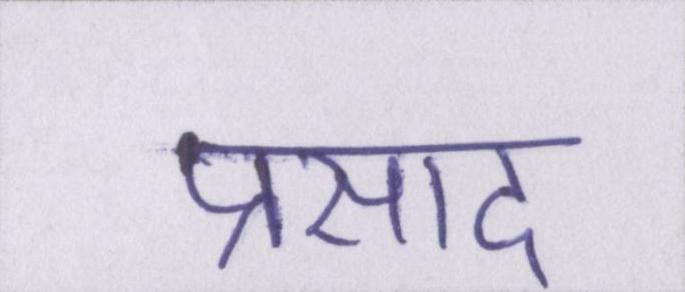
प्रसाद